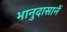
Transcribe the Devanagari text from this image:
भानुदासानें